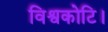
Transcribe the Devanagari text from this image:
विश्वकोटि।